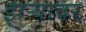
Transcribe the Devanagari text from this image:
झऱ्यावर